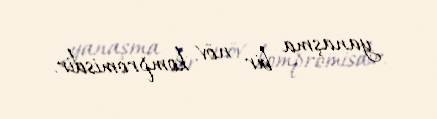
yanaşma bir növ kompromisdir.